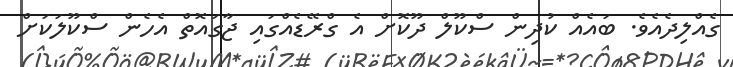
ގެއްލިދެއެވެ. ބައެއް ކުދިން ސްކޫލް ދޫކޮށް އެ ގްރޭޑެއްގައި ޖާގައޮތް އެހެން ސްކޫލަކަށް